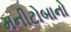
મનીટોબાનો